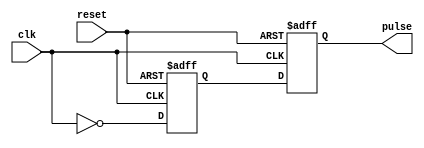
module falling_edge_pulse_generator(
    input wire clk,
    input wire reset,
    output reg pulse
);

reg d_ff;

// D flip-flop to capture falling edge of the clock signal
always @(posedge clk or negedge reset) begin
    if (!reset) begin
        d_ff <= 1'b0;
    end else begin
        d_ff <= ~clk;
    end
end

// Generate pulse on falling edge of D flip-flop output
always @(posedge clk or negedge reset) begin
    if (!reset) begin
        pulse <= 1'b0;
    end else begin
        pulse <= d_ff;
    end
end

endmodule